Subject: physics
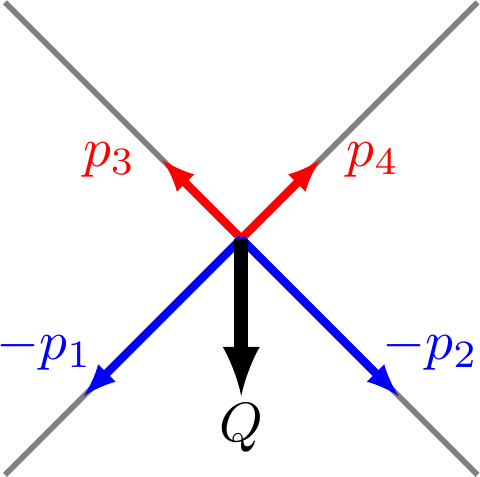
LaTeX code:
\begin{tikzpicture}[baseline=0]
\tikzset{>=latex}
\draw [help lines,line width=2pt,-] (-3,-3) -- (3,3);
\draw [help lines,line width=2pt,-] (-3,3) -- (3,-3);

\draw [->,line width=3pt,red] (0,0)--(1,1) node[right,scale=2,red] {$p_4$};
\draw [->,line width=3pt,red] (0,0)--(-1,1) node[left,scale=2,red] {$p_3$};
\draw [->,line width=3pt,blue] (0,0)--(-2,-2) node[xshift=-0.5cm,yshift=0.6cm,scale=2,blue] {$-p_1$};
\draw [->,line width=3pt,blue] (0,0)--(2,-2) node[xshift=0.4cm,yshift=0.6cm,scale=2,blue] {$-p_2$};
\draw [->,line width=5pt,black] (0,0)--(0,-2) node[yshift=-.4cm,scale=2,black] {$Q$};
\end{tikzpicture}